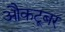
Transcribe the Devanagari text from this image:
औकटूबर